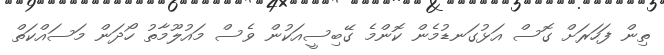
ތިން ފަހަރަށް ގޮސް އަޅުގަނޑުމެން ކޮންމެ ގޭބިސީއަކުން ވެސް މައުލޫމާތު ހޯދަން މަސައްކަތް